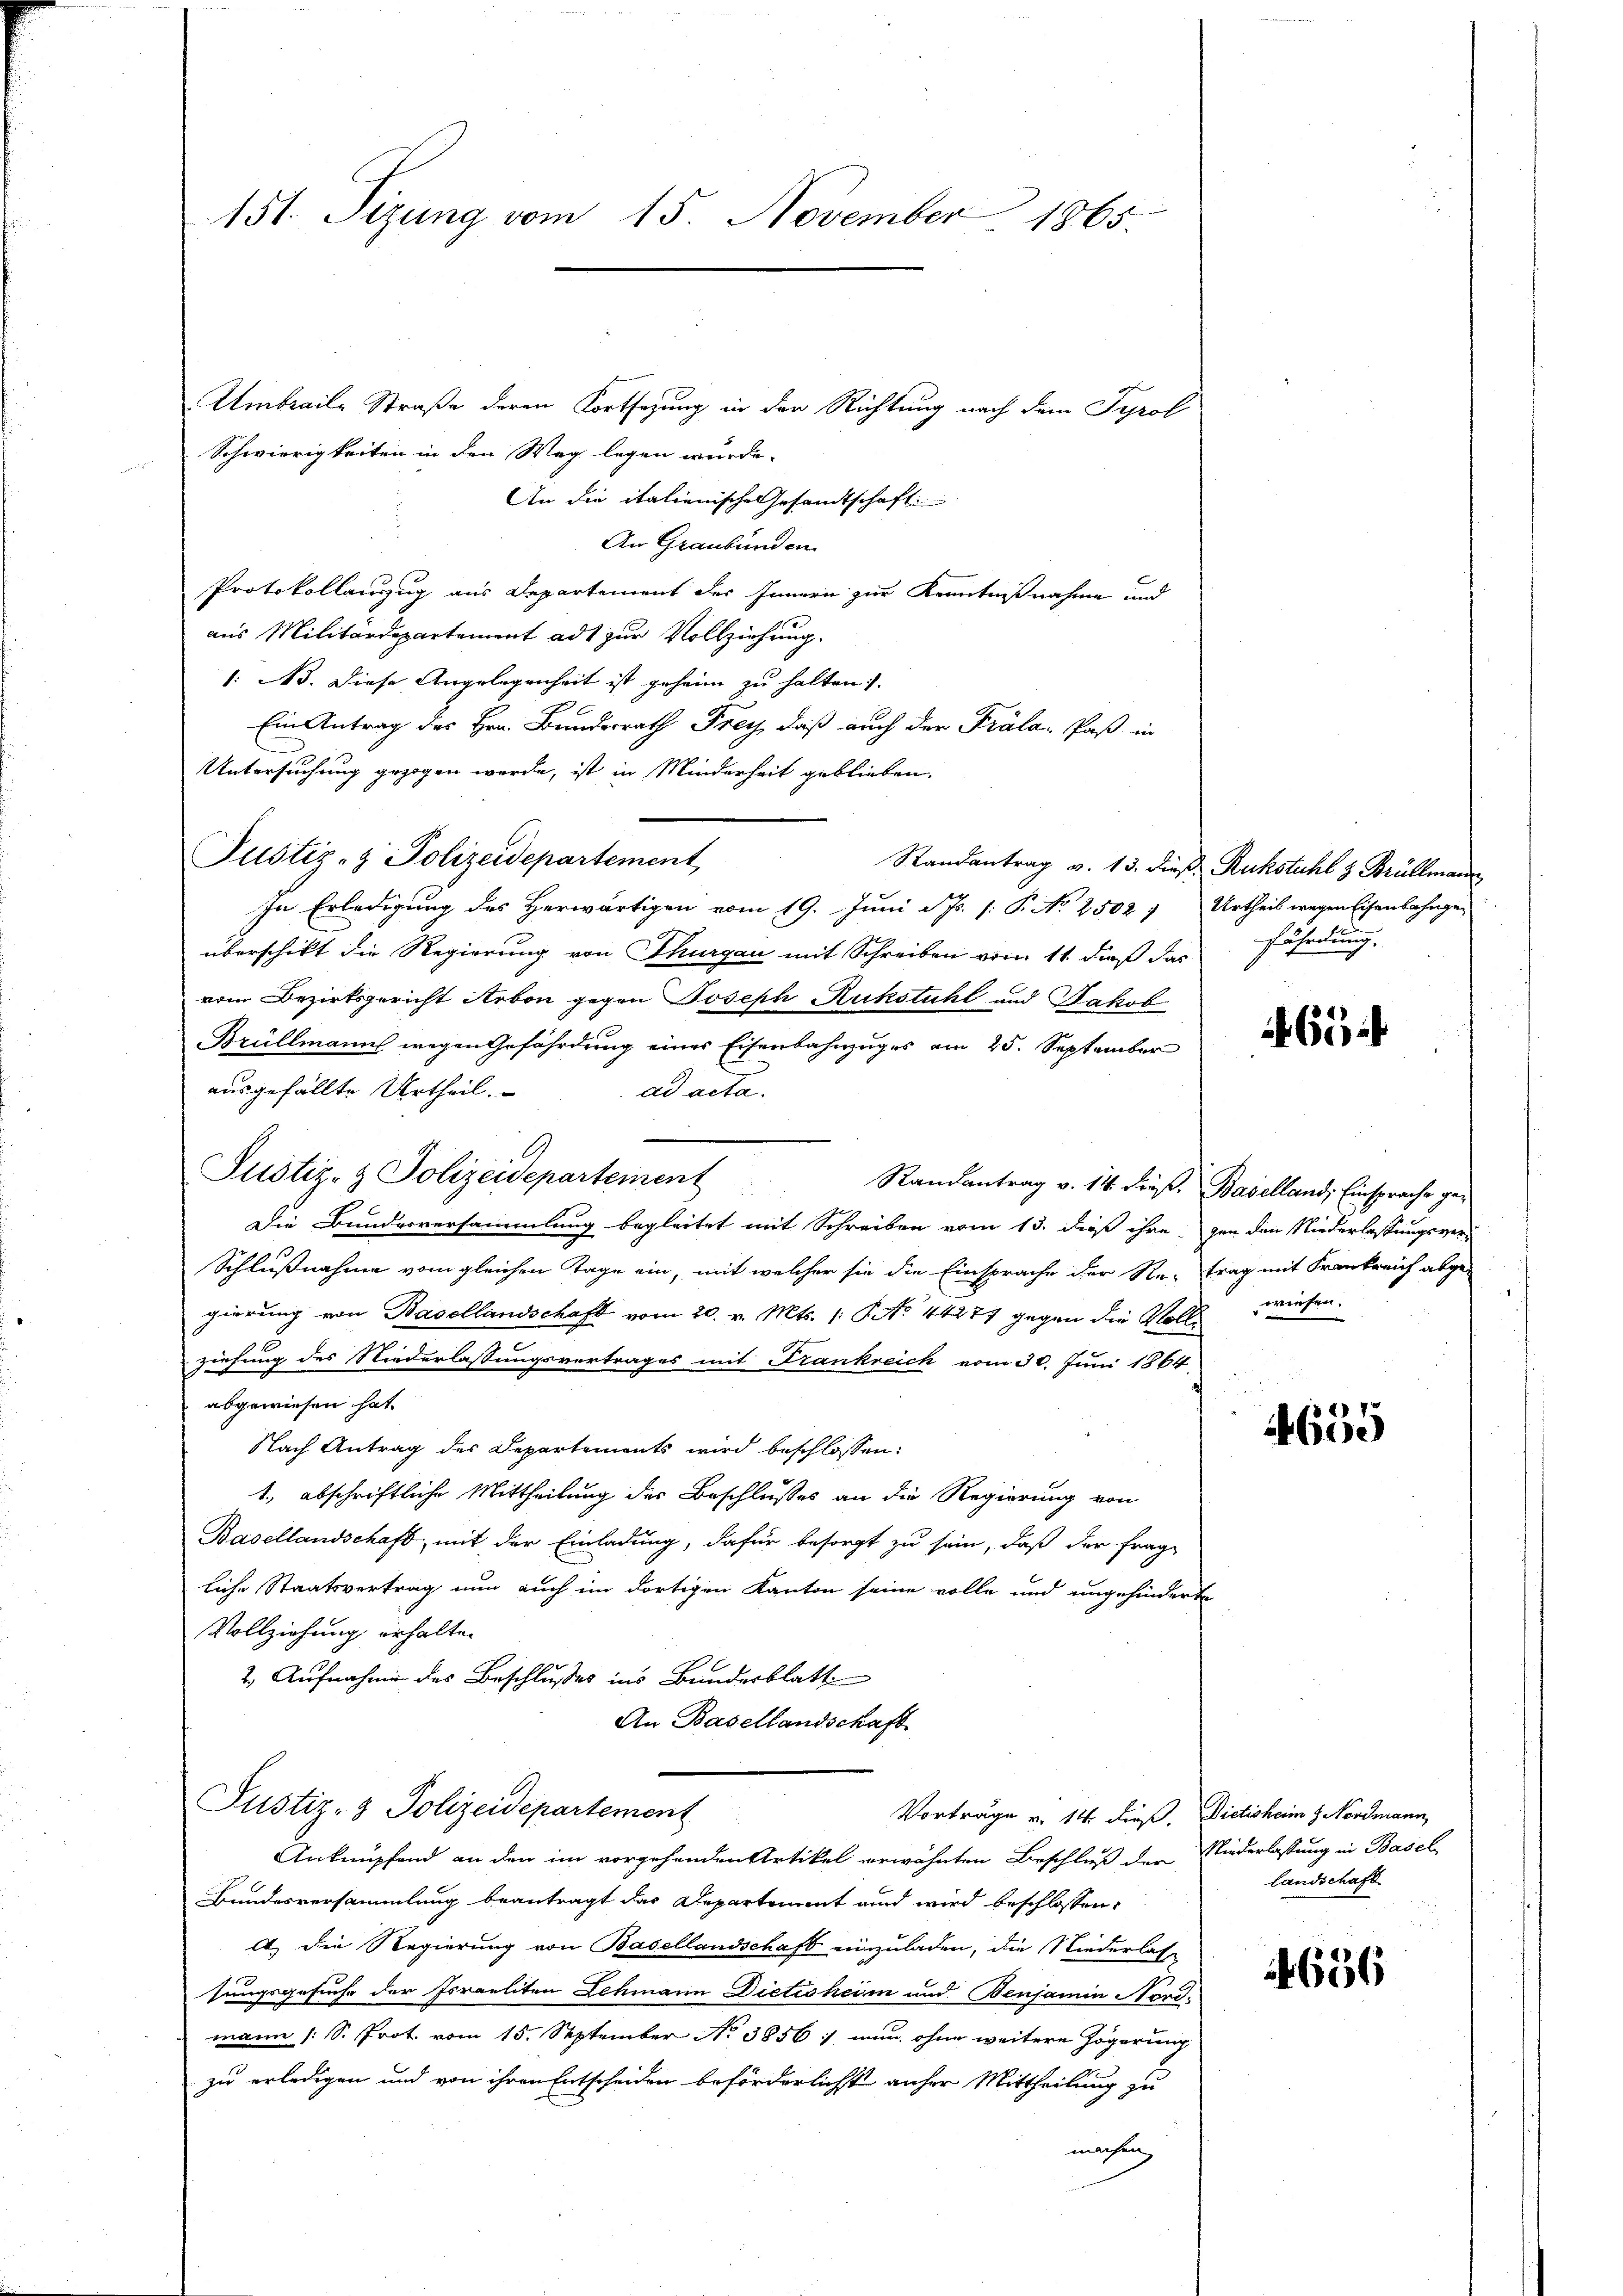
151. Sizung vom 15. November 1865.

Umbraile Straße deren Fortsetzung in der Richtung nach dem Tyrol
Schwierigkeiten in den Weg legen würde.
An die italienische Gesandtschaft
An Graubünden.
Protokollanzug aus Departement des Innern zur Kenntnißnahme und
aus Militärdepartement ad zur Vollziehung.
1: 3. Diese Angelegenheit ist geheim zu halten.
Ein Antrag des Hrn. Bundesrath Frey, daß auch der Präla- Paß in
Untersuchung gezogen werde, ist in Minderheit geblieben,
Justiz- & Polizeidepartement,
In Erledigung des Herwärtigen vom 19. Juni d. Js. s. P. No 2502, Urtheil wegen Eisenbahnge-
überschikt die Regierung von Thurgau mit Schreiben vom 11. dieß das
vom Bezirksgericht Arbon gegen Joseph Ruckstuhl und Jakob
Brüllmanns wegen Gefährdung eines Eisenbahnzuges am 25. September
ausgefällte Urtheil.
ad acta.
Justiz- & Polizeidepartement
Randantrag v. 14. dieß. Baselland, Einsprache ge¬
Die Bundesversammlung begleitet mit Schreiben vom 13. dieß ihre gen den Niederlassungsver¬
Schlußnahme vom gleichen Tage ein, mit welcher sie die Einsprache der Retrag mit Frankreich abge-
gierung von Basellandschaft vom 20. v. Mts. (: No 44277 gegen die Vollwiesen.
ziehung des Niederlassungsvertrages mit Krankreich vom 30. Juni 1864,
abgewiesen hat.
Nach Antrag des Departements wird beschlossen:
1., abschriftliche Mittheilung des Beschlusses an die Regierung von
Basellandschaft, mit der Einladung, dafür besorgt zu sein, daß der frag-
liche Staatsvertrag nun auch im dortigen Kanton seine volle und ungehinderte
Vollziehung erhalten
2.) Aufnahme des Beschlußes ins Bundesblatt
An Basellandschaft
Justiz- & Polizeidepartement
Vorträge v. 14. dieß. Dietisheim z. Nordmann,
Anknüpfend an den im vorgehenden Artikel erwähnten Beschluß der Niederlassung in Basel
Bundesversammlung beantragt das Departement und wird beschlossen:
A.) Die Regierung von Basellandschaft einzuladen, die Niederlass
sungsgesuche der Israeliten Schmann, Dietisheim und Benjamin Nordmann (S. Prot. vom 15. September No 3856 :/ nun ohne weitere Zögerung
zu erledigen und von ihren Entscheiden beförderlichst anher Mittheilung zu
machen,

Randantrag v. 13. dieß Rukstuhl & Brüllmann
fährdung.

65

7
Cice

landschaft

656